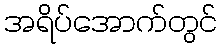
အရိပ်အောက်တွင်